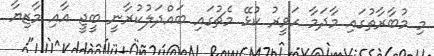
މި މުބާރާތުގައި މާދަމާ ހަވީރު ކުޅޭ މެޗުގައި ބައްދަލުކުރާނީ ބީޖީ އާއި މާޒިޔާ